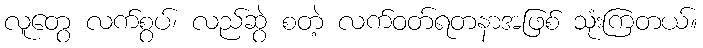
လူတွေ လက်စွပ်၊ လည်ဆွဲ စတဲ့ လက်ဝတ်ရတနာအဖြစ် သုံးကြတယ်။